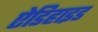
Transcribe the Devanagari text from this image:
ऐडिहाइड